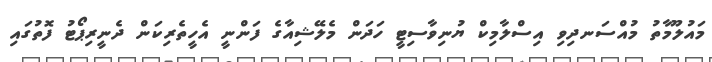
މައުލޫމާތު މުއްސަނދިވި އިސްލާމިކް ޔުނިވާސިޓީ ހަދަން މެލޭޝިއާގެ ފަންނީ އެހީތެރިކަން ދެނީރިޕޯޓު ފޮތުގައި